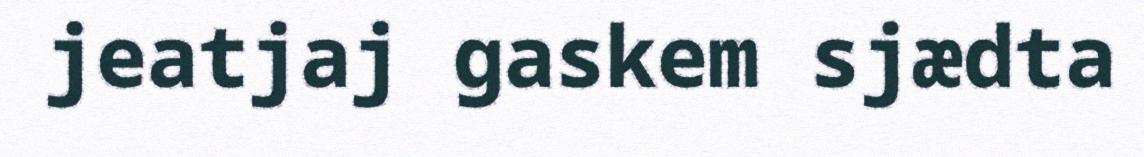
jeatjaj gaskem sjædta